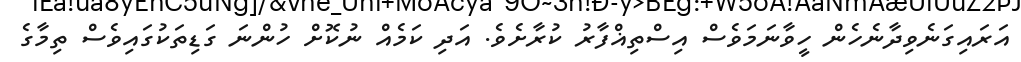
އަރައިގަނެވިދާނެހެން ހީވާނަމަވެސް އިސްތިޣްފާރު ކުރާށެވެ. އަދި ކަމެއް ނުކޮށް ހުންނަ ގަޑިތަކުގައިވެސް ތިމާގެ